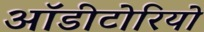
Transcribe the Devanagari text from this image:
ऑडीटोरियो